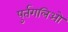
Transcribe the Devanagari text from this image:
पुर्तगलिओ